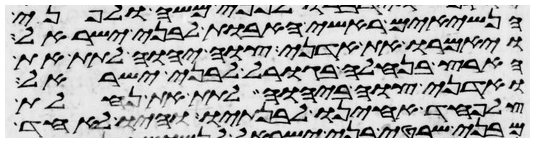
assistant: הנשיאים ראשי האבות לבני ישראל
ויאמרו את אדני צוה יהוה לתת את
הארץ בנחלה בגורל לבני ישראל
ואדני צוה ביהוה לתת את נחלת
צלפחד אחינו לבנתיו והיו לאחד